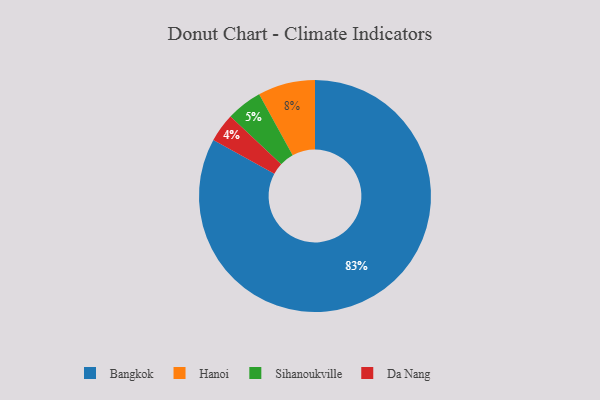
{"axis": {"x": "Category", "y": "Percentage"}, "legend": ["Bangkok", "Da Nang", "Hanoi", "Sihanoukville"], "data": [{"x": "Sihanoukville", "y": 5, "type": "Sihanoukville"}, {"x": "Hanoi", "y": 8, "type": "Hanoi"}, {"x": "Bangkok", "y": 83, "type": "Bangkok"}, {"x": "Da Nang", "y": 4, "type": "Da Nang"}]}